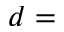
d =